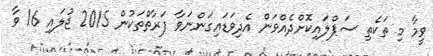
ވީމާ މި ތަކެތި ސަޕްލައިކޮށްދެއްވަން އެދިވަޑައިގަންނަވާ ފަރާތްތަކުން 2015 ޖުލައި 16 ވާ